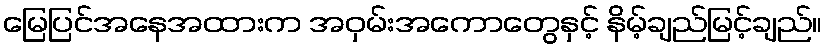
မြေပြင်အနေအထားက အဝှမ်းအကောတွေနှင့် နိမ့်ချည်မြင့်ချည်။